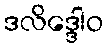
ဒလိဒ္ဒေါဝ